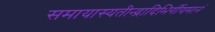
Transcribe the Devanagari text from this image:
समायास्यतीन्द्रादिभिर्गीयमानं